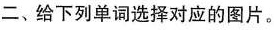
二、给下列单词选择对应的图片。